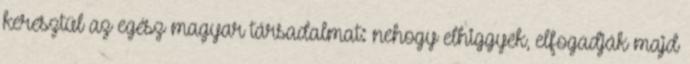
keresztül az egész magyar társadalmat: nehogy el­higgyék, elfogadják majd